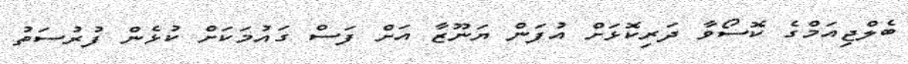
ބެލްޖިއަމްގެ ކޮސޯވާ ދަރިކޮޅަށް އުފަން ޔަނޫޒާ އަށް ފަސް ގައުމަކަށް ކުޅެން ފުރުސަތު